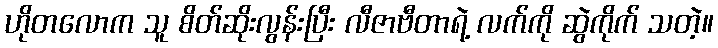
ဟိုတလောက သူ စိတ်ဆိုးလွန်းပြီး လီဇာဗီတာရဲ့ လက်ကို ဆွဲကိုက် သတဲ့။